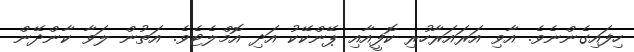
ހިފައިގެންނެވެ. އާވި އަރައަރާހުރި ކޮފީއާއި ޕޭންކޭކު އަދި އޮމްލެޓެވެ. އަތުން ލަވާ ކާންދޭން